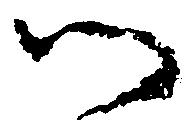
御